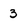
Character: 3